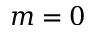
m = 0